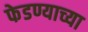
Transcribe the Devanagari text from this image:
फेडण्याच्या